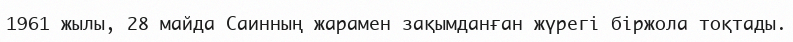
1961 жылы, 28 майда Саинның жарамен зақымданған жүрегі біржола тоқтады.